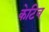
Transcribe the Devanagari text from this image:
केटिव